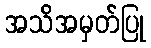
အသိအမှတ်ပြု